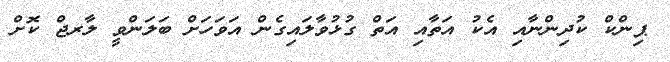
ޕިންކް ކުދިންނާއި އެކު އަތާއި އަތް ގުޅުވާލައިގެން އަވަހަށް ބަލަންވީ ލާރޖް ކޮށް